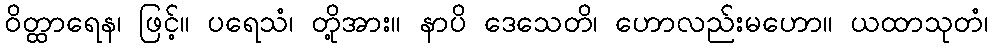
ဝိတ္ထာရေန၊ ဖြင့်။ ပရေသံ၊ တို့အား။ နာပိ ဒေသေတိ၊ ဟောလည်းမဟော။ ယထာသုတံ၊